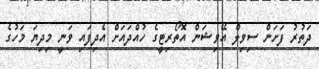
ދަތުރު ފަށަން ސިވިލް އޭވިޝަން އޮތޯރިޓީގެ ހުއްދައަށް އެދިފައި ވަނީ މިދިޔަ މަހުގެ